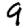
Digit: 9